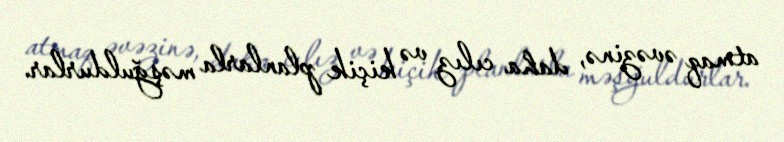
atmaq əvəzinə, daha cılız və kiçik planlarla məşğuldurlar.